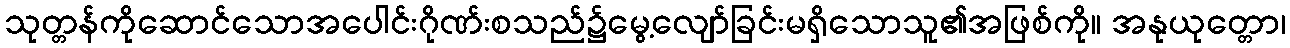
သုတ္တန်ကိုဆောင်သောအပေါင်းဂိုဏ်းစသည်၌မွေ့လျော်ခြင်းမရှိသောသူ၏အဖြစ်ကို။ အနုယုတ္တော၊